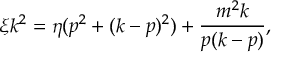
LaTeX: \xi k ^ { 2 } = \eta ( p ^ { 2 } + ( k - p ) ^ { 2 } ) + \frac { m ^ { 2 } k } { p ( k - p ) } ,